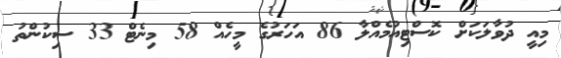
މިއީ ދުވާލަކަށް ކޮސްޓިއުމެއްލާ 86 އަހަރުގެ މީހެއް 58 މިނެޓް 33 ސިކުންތު